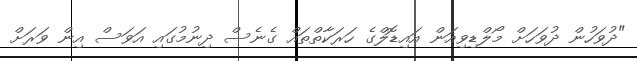
"ދުވަހުން ދުވަހަށް މޯލްޑިވިއަން އައިޑޮލްގެ ހަރަކާތްތައް ގެނެސް ދިނުމުގައި އަވަސް އިން ވަރަށް